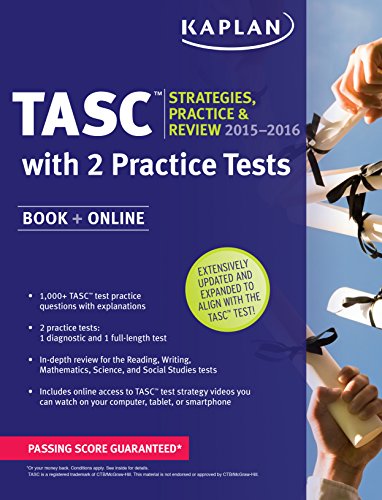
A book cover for Kaplan TASC 2015-2016 Strategies, Practice, and Review with 2 Practice Tests: Book + Online + Videos + Mobile (Kaplan Test Prep); Kaplan; Test Preparation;